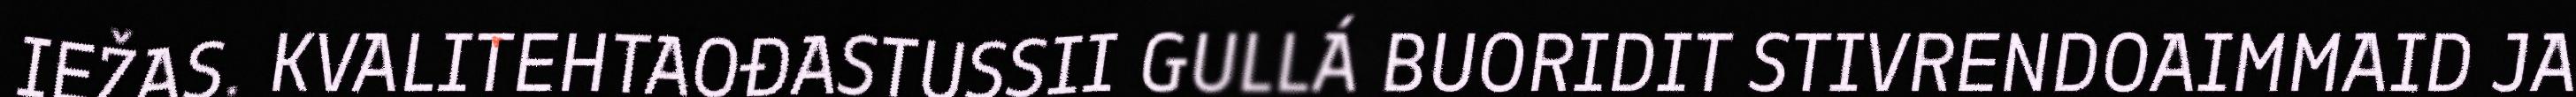
IEŽAS. KVALITEHTAOĐASTUSSII GULLÁ BUORIDIT STIVRENDOAIMMAID JA